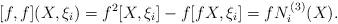
LaTeX: \begin{align*} [{f},{f}](X,\xi_i) = {f}^2 [X,\xi_i] - {f}[{f} X,\xi_i] = f N^{\,(3)}_i (X).\end{align*}